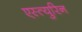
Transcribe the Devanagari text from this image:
एस्त्युरिन